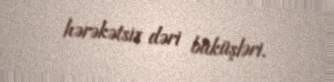
hərəkətsiz dəri büküşləri.